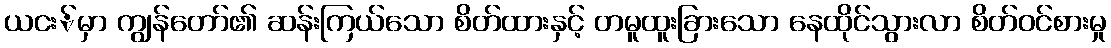
ယငး်မှာ ကျွန်တော်၏ ဆန်းကြယ်သော စိတ်ထားနှင့် တမူထူးခြားသော နေထိုင်သွားလာ စိတ်ဝင်စားမှု